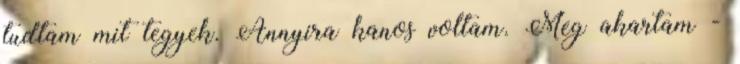
tudtam mit tegyek. Annyira kanos voltam. Meg akartam -